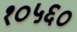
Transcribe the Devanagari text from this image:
१०५६०